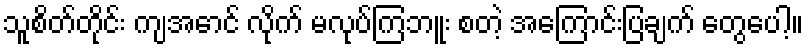
သူစိတ်တိုင်း ကျအောင် လိုက် မလုပ်ကြဘူး စတဲ့ အကြောင်းပြချက် တွေပေါ့။